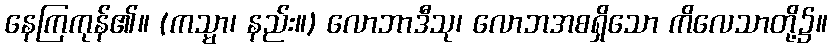
နေကြကုန်၏။ (ကသ္မာ၊ နည်း။) လောဘာဒီသု၊ လောဘအစရှိသော ကိလေသာတို့၌။